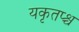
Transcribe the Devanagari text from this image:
यकृतप्श्च